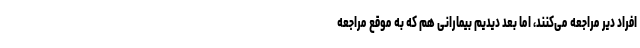
افراد دیر مراجعه می‌کنند، اما بعد دیدیم بیمارانی هم که به موقع مراجعه